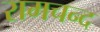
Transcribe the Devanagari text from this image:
रामचन्द